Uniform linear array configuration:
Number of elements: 64
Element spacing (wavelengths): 0.25
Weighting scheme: exponential
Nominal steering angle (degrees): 60
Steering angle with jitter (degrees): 58.472
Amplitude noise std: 0.05
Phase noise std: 0.05

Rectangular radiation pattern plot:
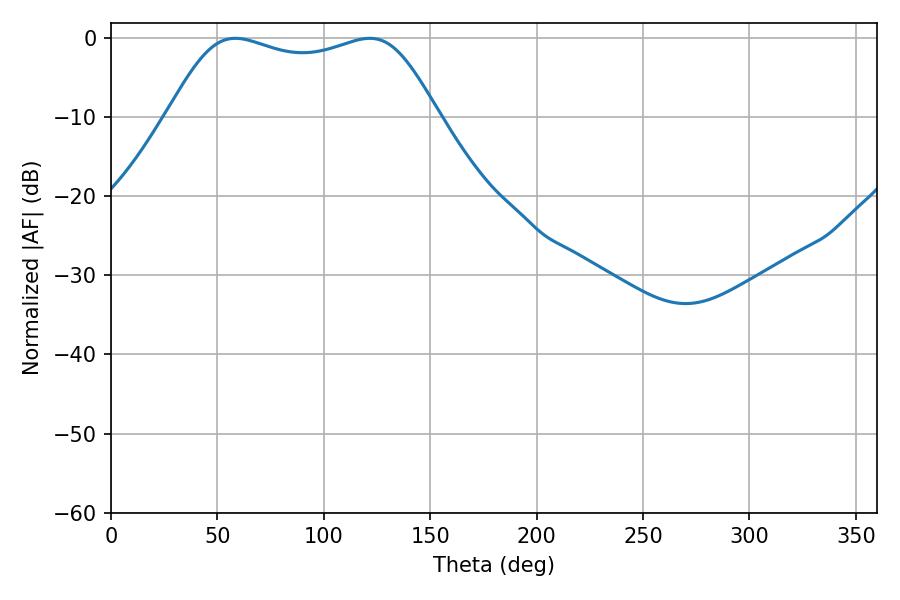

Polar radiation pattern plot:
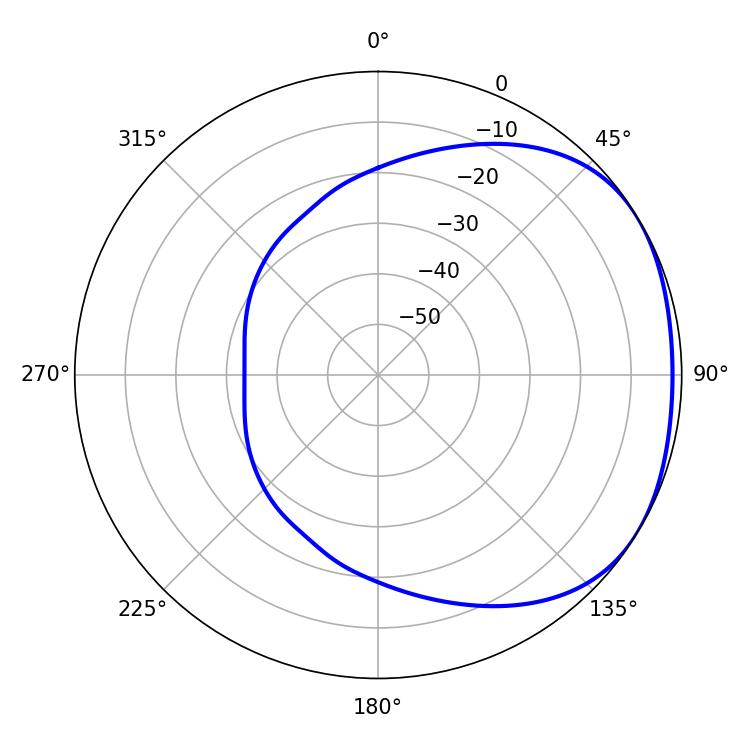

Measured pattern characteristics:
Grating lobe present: FALSE
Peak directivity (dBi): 1.821
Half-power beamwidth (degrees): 98.28
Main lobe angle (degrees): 58.32